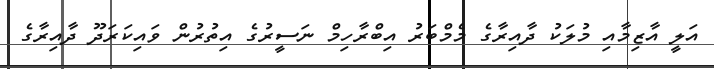
އަލީ އާޒިމާއި މުލަކު ދާއިރާގެ މެމްބަރު އިބްރާހިމް ނަސީރުގެ އިތުރުން ވައިކަރަދޫ ދާއިރާގެ